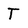
Character: T